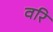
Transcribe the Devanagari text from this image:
वरि